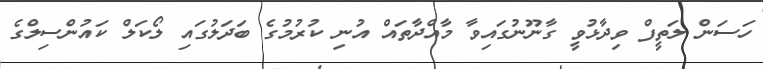
ހަސަން ލަތީފް ވިދާޅުވީ ގާނޫނުގައިވާ މާއްދާތައް އުނި ކުރުމުގެ ބަދަލުގައި ލޯކަލް ކައުންސިލްގެ